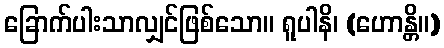
ခြောက်ပါးသာလျှင်ဖြစ်သော။ ရူပါနိ၊ (ဟောန္တိ။)